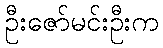
ဦးဇော်မင်းဦးက